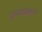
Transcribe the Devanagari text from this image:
ट्रांस्डक्शन